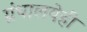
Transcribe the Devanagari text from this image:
ग्रंथालयेही